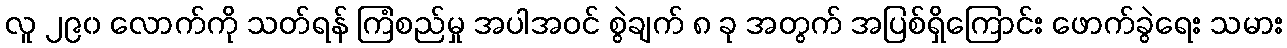
လူ ၂၉၀ လောက်ကို သတ်ရန် ကြံစည်မှု အပါအဝင် စွဲချက် ၈ ခု အတွက် အပြစ်ရှိကြောင်း ဖောက်ခွဲရေး သမား